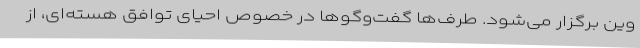
وین برگزار می‌شود. طرف‌ها گفت‌وگوها در خصوص احیای توافق هسته‌ای، از